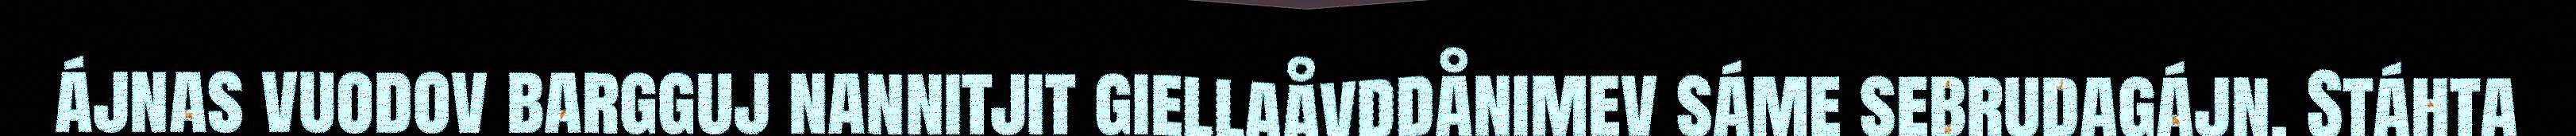
ájnas vuodov bargguj nannitjit giellaåvddånimev sáme sebrudagájn. Stáhta